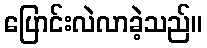
ပြောင်းလဲလာခဲ့သည်။